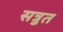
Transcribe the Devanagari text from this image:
सत्रुत